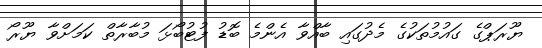
ޔޫރަޕްގެ ގައުމުތަކުގެ މެދުގައި ބާއްވާ އެންމެ ބޮޑު ފުޓުބޯޅަ މުބާރާތް ކަމަށްވާ ޔޫރޯ